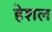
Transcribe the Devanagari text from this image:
हेशल